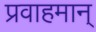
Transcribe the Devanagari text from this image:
प्रवाहमान्